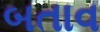
બતાવ